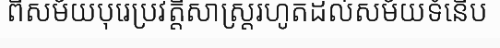
ពីសម័យបុរេប្រវត្តិសាស្ត្ររហូតដល់សម័យទំនើប